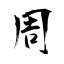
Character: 周